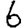
Digit: 6